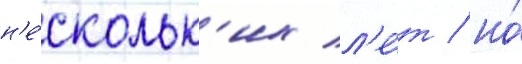
н'е́скольк'их л'е́т / но́